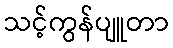
သင့်ကွန်ပျူတာ